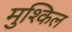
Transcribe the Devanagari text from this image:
मुश्‍किल